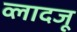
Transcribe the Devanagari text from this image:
व्लादजू